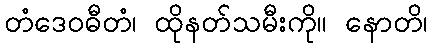
တံဒေဝဓီတံ၊ ထိုနတ်သမီးကို။ နောတိ၊